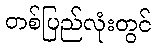
တစ်ပြည်လုံးတွင်